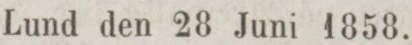
Lund den 28 Juni 1858.